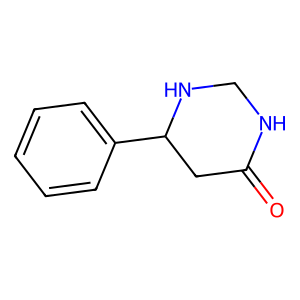
SMILES: O=C1CC(c2ccccc2)NCN1
Inhibits HIV replication: No